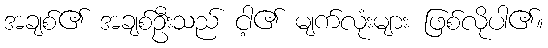
အချစ်၏ အချစ်ဦးသည် ငါ့၏ မျက်လုံးများ ဖြစ်လိုပါ၏။